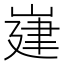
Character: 𡺅